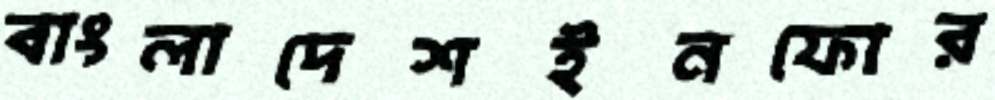
বাংলাদেশইনফোর